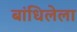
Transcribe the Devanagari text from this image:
बांधिलेला